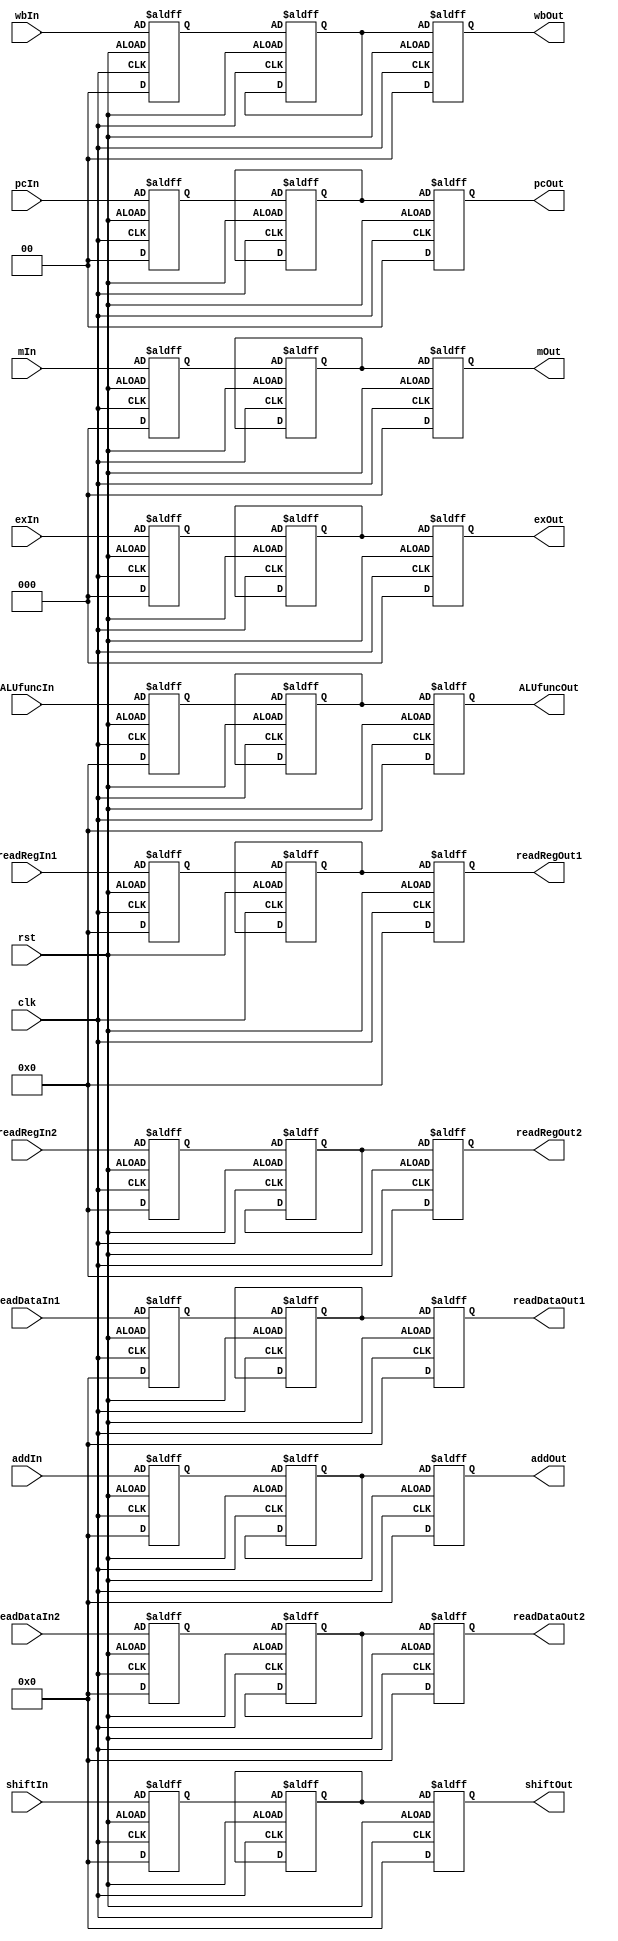
module IDEX(input [15:0] shiftIn,
            input [1:0] pcIn,
            input [15:0]addIn,
            input [15:0]readDataIn1,
            input [15:0]readDataIn2,
            input [3:0]ALUfuncIn,
            input [3:0]readRegIn1,
            input [3:0]readRegIn2,
            input [2:0]exIn,
            input clk,
            input rst,
            input [1:0]wbIn,
            input [2:0]mIn,
            
            output [15:0]shiftOut,
            output [1:0]pcOut,
            output [15:0]addOut,
            output [15:0]readDataOut1,
            output [15:0]readDataOut2,
            output [3:0]ALUfuncOut,
            output [3:0]readRegOut1,
            output [3:0]readRegOut2,
            output [2:0]mOut,
            output [1:0]wbOut,
            output [2:0]exOut);

    reg[15:0]shiftHold, addHold, readDataHold1,readDataHold2, shiftTemp, addTemp, readDataTemp1, readDataTemp2;
    reg[3:0] ALUfuncHold, ALUfuncTemp,readRegHold1, readRegHold2, readRegTemp1, readRegTemp2;
    reg[2:0] mHold, mTemp,exHold,exTemp;
    reg[1:0] pcHold, pcTemp, wbHold, wbTemp;

    reg[15:0]shiftOut, addOut, readDataOut1,readDataOut2;
    reg[3:0] ALUfuncOut, readRegOut1, readRegOut2;
    reg[2:0] mOut,exOut;
    reg[1:0] pcOut, wbOut;


    //assign shiftOut = shiftTemp;
    
   
    always@(posedge clk or negedge rst)
    begin
        if(!rst)
        begin
            shiftOut = shiftTemp;
            pcOut = pcTemp;
            addOut = addTemp;
            readDataOut1 = readDataTemp1;
            readDataOut2 = readDataTemp2;
            ALUfuncOut = ALUfuncTemp;
            readRegOut1 = readRegTemp1;
            readRegOut2 = readRegTemp2;
            mOut = mTemp;
            wbOut = wbTemp;
            exOut = exTemp;
    
        
            shiftTemp = shiftHold;
            pcTemp = pcHold;
            addTemp = addHold;
            readDataTemp1 = readDataHold1;
            readDataTemp2 = readDataHold2;
            ALUfuncTemp = ALUfuncHold;
            readRegTemp1 = readRegHold1;
            readRegTemp2 = readRegHold2;
            mTemp = mHold;
            wbTemp = wbHold;
            exTemp = exHold;
            
            shiftHold = shiftIn;
            pcHold = pcIn;
            addHold = addIn;
            readDataHold1 = readDataIn1;
            readDataHold2 = readDataIn2;
            ALUfuncHold = ALUfuncIn;
            readRegHold1 = readRegIn1;
            readRegHold2 = readRegIn2;
            mHold = mIn;
            wbHold = wbIn;
            exHold = exIn;
        end 
        else
        begin
            shiftHold = 0;
            pcHold = 0;
            addHold = 0;
            readDataHold1 = 0;
            readDataHold2 = 0;
            ALUfuncHold = 0;
            readRegHold1 = 0;
            readRegHold2 = 0;
            mHold = 0;
            wbHold = 0;
            exHold = 0;
            
            shiftOut = 0;
            pcOut = 0;
            addOut = 0;
            readDataOut1 = 0;
            readDataOut2 = 0;
            ALUfuncOut = 0;
            readRegOut1 = 0;
            readRegOut2 = 0;
            mOut = 0;
            wbOut = 0;
            exOut = 0;
            
        end
    end
  




endmodule